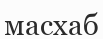
масхаб